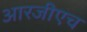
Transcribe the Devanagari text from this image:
आरजीएच